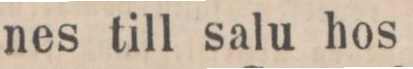
nes till salu hos